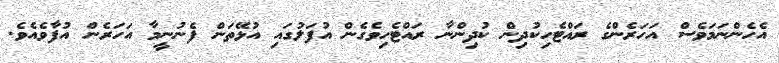
އެހެންނަމަވެސް އަހަރެންގެ ރައްޓެހިކުދިން ކުދިންނާ ރައްޓެހިވެގެން އުފަލުގައި އުޅޭތަން ފެނުނީމާ އަހަރެން އުފާވެއެވެ.